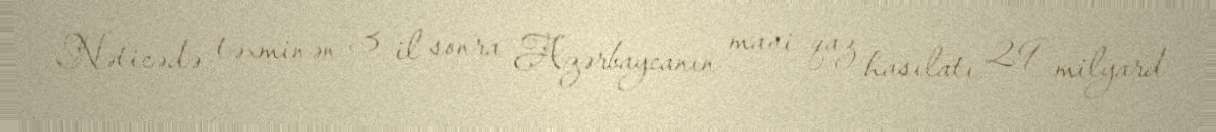
Nəticədə təxminən 3 il sonra Azərbaycanın mavi qaz hasilatı 29 milyard